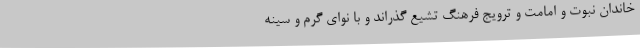
خاندان نبوت و امامت و ترویج فرهنگ تشیع گذراند و با نوای گرم و سینه